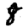
Digit: 8